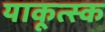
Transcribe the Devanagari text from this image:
याकूत्स्क